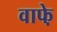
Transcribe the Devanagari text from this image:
वाफे़